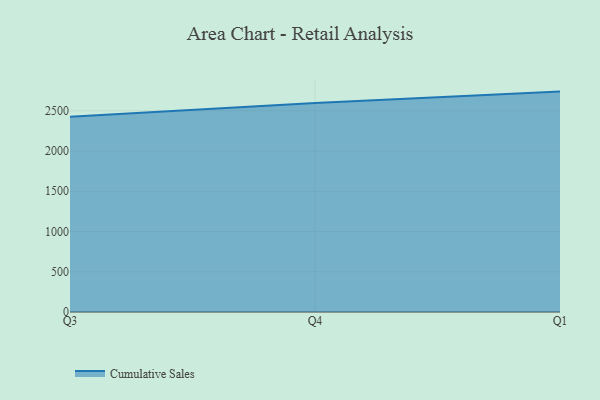
{"axis": {"x": "Quarter", "y": "Operating Costs (USD K)"}, "legend": ["Cumulative Sales"], "data": [{"x": "Q3", "y": 2426.0, "type": "Cumulative Sales"}, {"x": "Q4", "y": 2597.6, "type": "Cumulative Sales"}, {"x": "Q1", "y": 2738.2, "type": "Cumulative Sales"}]}